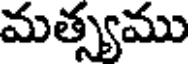
మత్స్యము